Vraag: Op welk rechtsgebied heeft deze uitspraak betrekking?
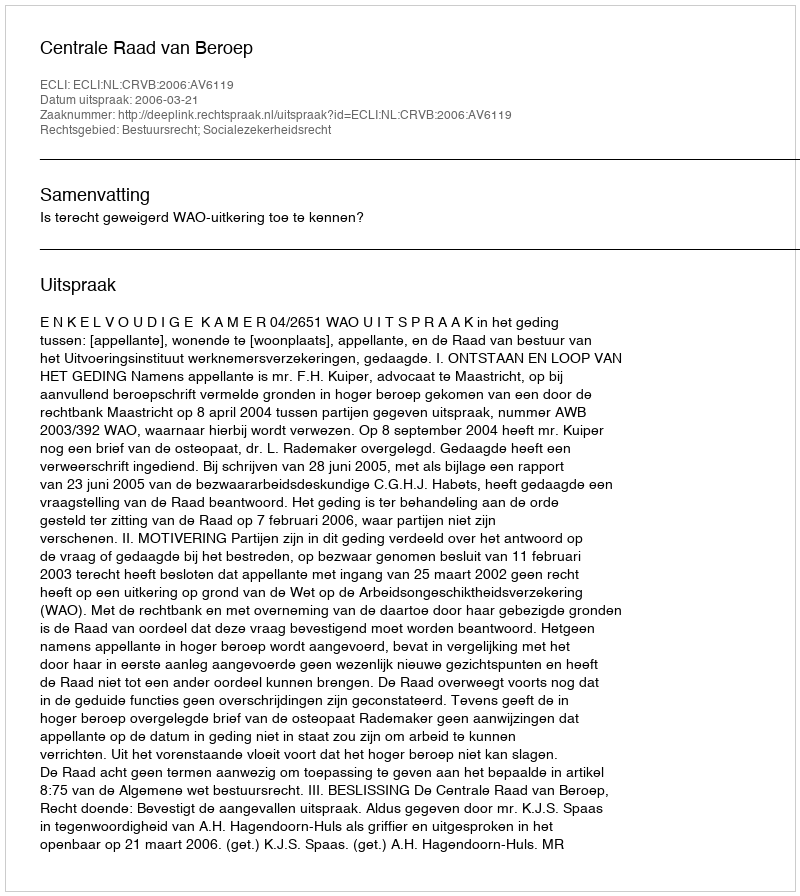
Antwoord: Bestuursrecht; Socialezekerheidsrecht